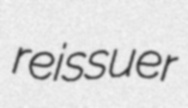
reissuer